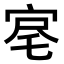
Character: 𡨉